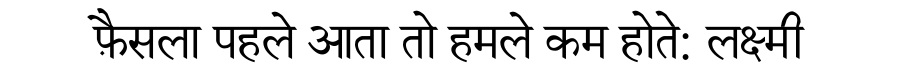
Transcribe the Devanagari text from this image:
फ़ैसला पहले आता तो हमले कम होते: लक्ष्मी